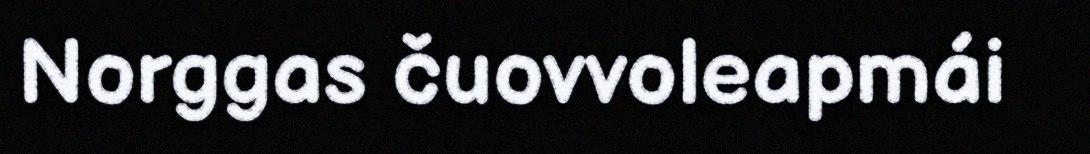
Norggas čuovvoleapmái